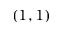
( 1 , 1 )